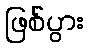
ဖြစ်ပွား